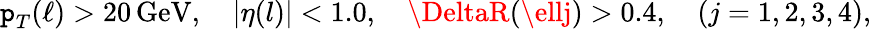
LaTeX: \mathtt{p}_{T}^{}(\ell)>20\, \mathrm{{GeV}},\quad|\eta(l)|<1.0,\quad\DeltaR(\ellj)>0.4,\quad(j=1,2,3,4),